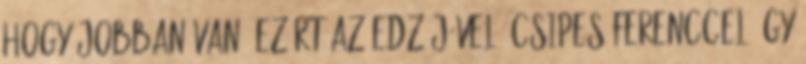
hogy jobban van, ezért az edzőjével, Csipes Ferenccel úgy